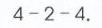
\(4 - 2 - 4\)